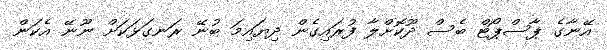
އޭނާގެ ޕާސްޕޯޓް ބެސް ދޫކޮށްލާ ފުރައިގެން ދިޔައިމަ ބުނޭ ރަނގަޅަކަށް ނޫނޭ އެކަން